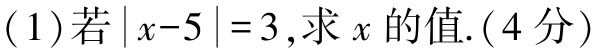
(1)若\(\vert x - 5\vert = 3\),求\(x\)的值.(4分)